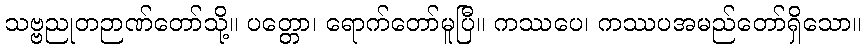
သဗ္ဗညုတဉာဏ်တော်သို့။ ပတ္တော၊ ရောက်တော်မူပြီ။ ကဿပေ၊ ကဿပအမည်တော်ရှိသော။